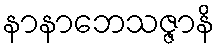
နာနာဘေသဇ္ဇာနိ